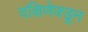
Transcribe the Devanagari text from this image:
दक्षिणेक्डून